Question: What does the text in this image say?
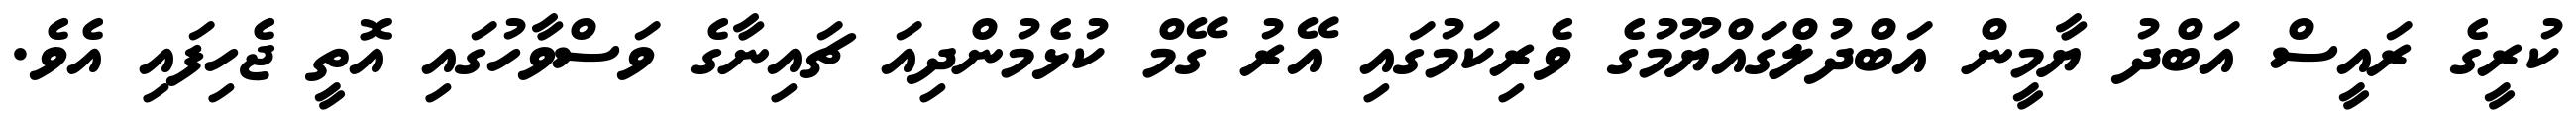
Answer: ކުރީގެ ރައީސް އަބްދު ޔާމީން އަބްދުލްގައްޔޫމުގެ ވެރިކަމުގައި އޭރު ގޭމް ކުޅެމުންދިއަ ޗައިނާގެ ވަސްވާހުގައި އޮތީ ޖެހިފައި އެވެ.